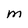
Character: M